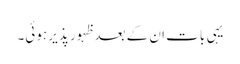
یہی بات ان کے بعد ظہور پذیر ہوئی۔